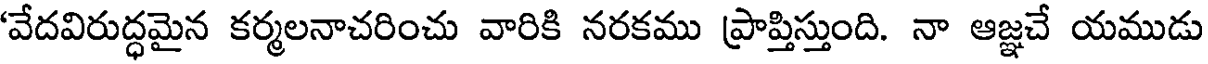
'వేదవిరుద్ధమైన కర్మలనాచరించు వారికి నరకము ప్రాప్తిస్తుంది. నా ఆజ్ఞచే యముడు